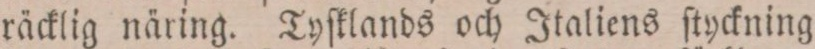
räcklig näring. Tyſklands och Italiens ſtyckning